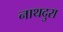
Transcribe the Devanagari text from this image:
नाथदुरा